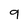
Character: 9